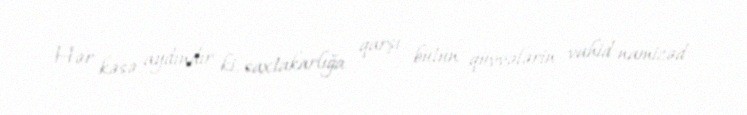
Hər kəsə aydındır ki, saxtakarlığa qarşı bütün qüvvələrin vahid namizəd